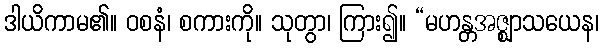
ဒါယိကာမ၏။ ဝစနံ၊ စကားကို။ သုတွာ၊ ကြား၍။ “မဟန္တအဇ္ဈာသယေန၊